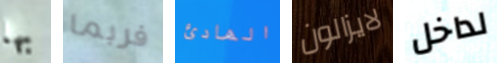
بها فربما الهادئ لايزالون لداخل